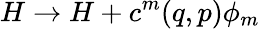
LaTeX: H\rightarrow H+c^{m}(q,p)\phi_{m}